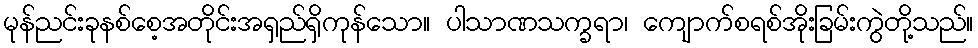
မုန်ညင်းခုနစ်စေ့အတိုင်းအရှည်ရှိကုန်သော။ ပါသာဏသက္ခရာ၊ ကျောက်စရစ်အိုးခြမ်းကွဲတို့သည်။